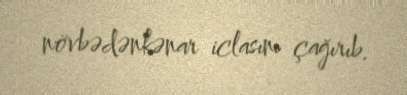
növbədənkənar iclasını çağırıb.